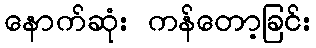
နောက်ဆုံး ကန်တော့ခြင်း